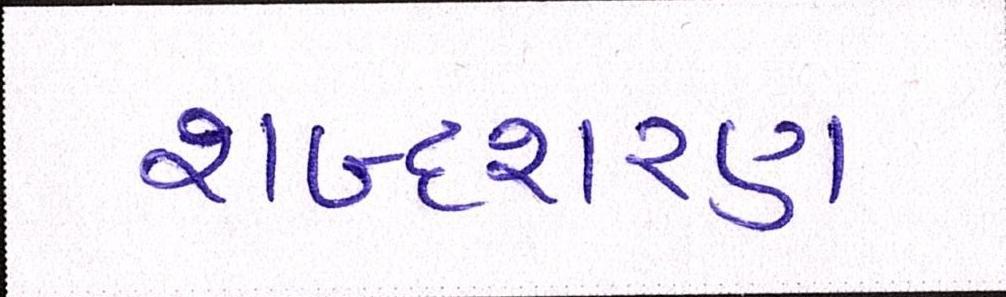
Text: શબ્દશરણ